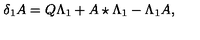
\delta _ { 1 } A = Q \Lambda _ { 1 } + A \star \Lambda _ { 1 } - \Lambda _ { 1 } A ,